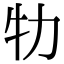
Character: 牞